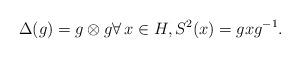
LaTeX: \begin{align*}\Delta(g) = g \otimes g \forall\, x \in H, S^2(x) = gxg^{-1}.\end{align*}